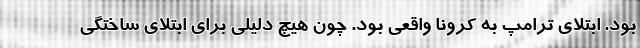
بود. ابتلای ترامپ به کرونا واقعی بود. چون هیچ دلیلی برای ابتلای ساختگی